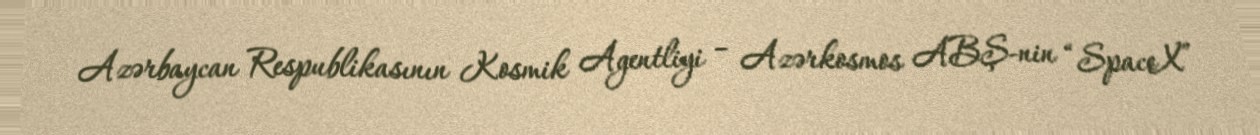
Azərbaycan Respublikasının Kosmik Agentliyi – Azərkosmos ABŞ-nin “SpaceX”